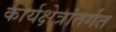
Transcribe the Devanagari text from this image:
कार्यक्षेत्रांतर्गत